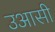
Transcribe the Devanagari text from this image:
उआसी